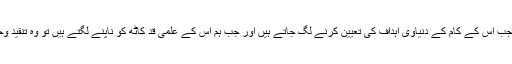
جب ہم کس صاحب فکر کے فکری حسب ونسب کو طے کرتے ہیں، جب اس کے کام کے دنیاوی اہداف کی تعیین کرنے لگ جاتے ہیں اور جب ہم اس کے علمی قد کاٹھ کو ناپنے لگتے ہیں تو وہ تنقید وجود میں آنے لگ جاتی ہے جسے میں نقد عناد کے عنوان دے رہا ہوں۔